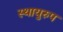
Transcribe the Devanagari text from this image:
स्थायुरुप